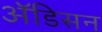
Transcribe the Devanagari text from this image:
ॲडिसन